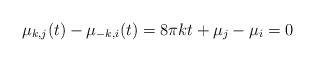
LaTeX: \begin{align*}\mu_{k,j}(t)-\mu_{-k,i}(t)=8\pi kt+\mu_{j}-\mu_{i}=0 \end{align*}